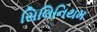
સિલિનિયમ